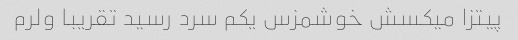
پیتزا میکسش خوشمزس یکم سرد رسید تقریبا ولرم